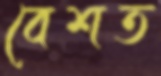
বেশত